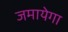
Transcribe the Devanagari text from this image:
जमायेगा